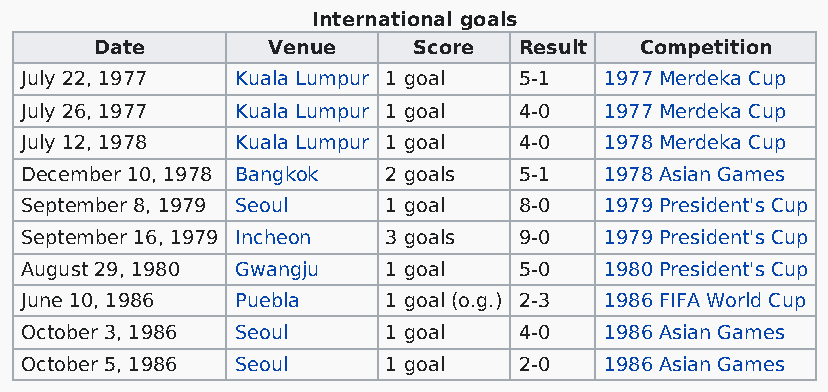
International goals
 Date        Venue    Score  Result  Competition
 July 22, 1977  Kuala Lumpur 1 goal 5-1 1977 Merdeka Cup
 July 26, 1977  Kuala Lumpur 1 goal 4-0 1977 Merdeka Cup
 July 12, 1978  Kuala Lumpur 1 goal 4-0 1978 Merdeka Cup
 December 10, 1978 Bangkok 2 goals 5-1  1978 Asian Games
 September 8, 1979 Seoul 1 goal   8-0   1979 President's Cup
 September 16, 1979 Incheon 3 goals 9-0 1979 President's Cup
 August 29, 1980 Gwangju 1 goal   5-0   1980 President's Cup
 June 10, 1986  Puebla   1 goal (o.g.) 2-3 1986 FIFA World Cup
 October 3, 1986 Seoul   1 goal   4-0   1986 Asian Games
 October 5, 1986 Seoul   1 goal   2-0   1986 Asian Games